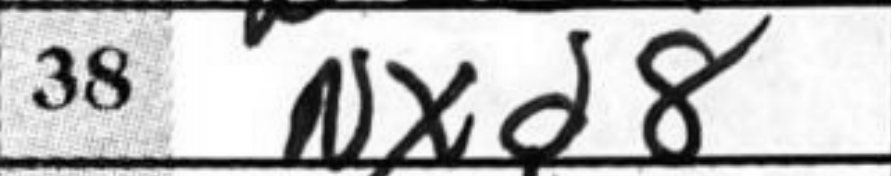
Transcription: Nxd8